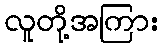
လူတို့အကြား